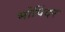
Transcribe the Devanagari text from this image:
भोपिंदर